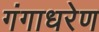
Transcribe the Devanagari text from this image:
गंगाधरेण